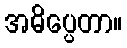
အဓိပ္ပေတာ။